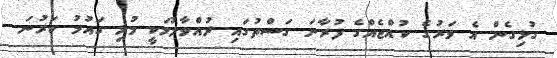
ގުޅިގެން އެ ވަރުގެ ކުއްޖެއްގެ ފުރާނަ ގަސްތުގައި ދުއްވާލުމަކީ މުޅި ގައުމު ކަރުނަ